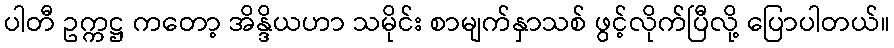
ပါတီ ဥက္ကဋ္ဌ ကတော့ အိန္ဒိယဟာ သမိုင်း စာမျက်နှာသစ် ဖွင့်လိုက်ပြီလို့ ပြောပါတယ်။